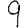
Digit: 9